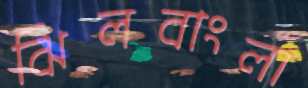
ঝিলবাংলা